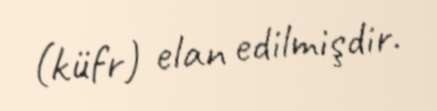
(küfr) elan edilmişdir.